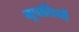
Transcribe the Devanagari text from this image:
भूपातियों